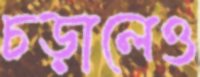
চড়ালেও